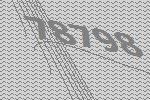
78798